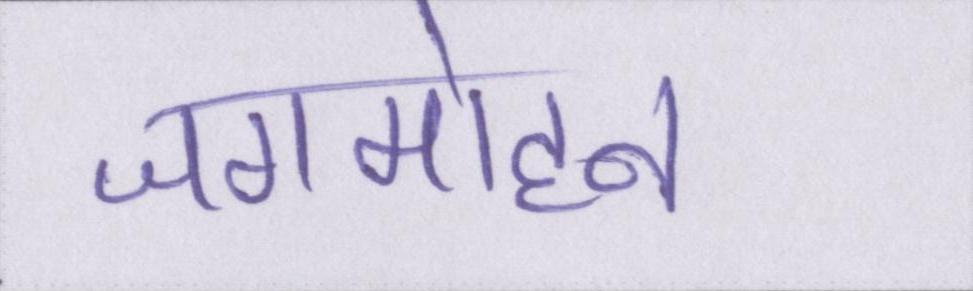
जगमोहन